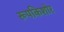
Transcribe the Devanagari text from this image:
रूपकिशोर